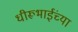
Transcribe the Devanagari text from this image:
धीरूभाईंच्या